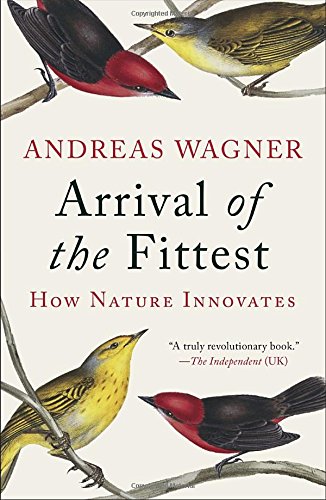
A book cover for Arrival of the Fittest: How Nature Innovates; Andreas Wagner; Medical Books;